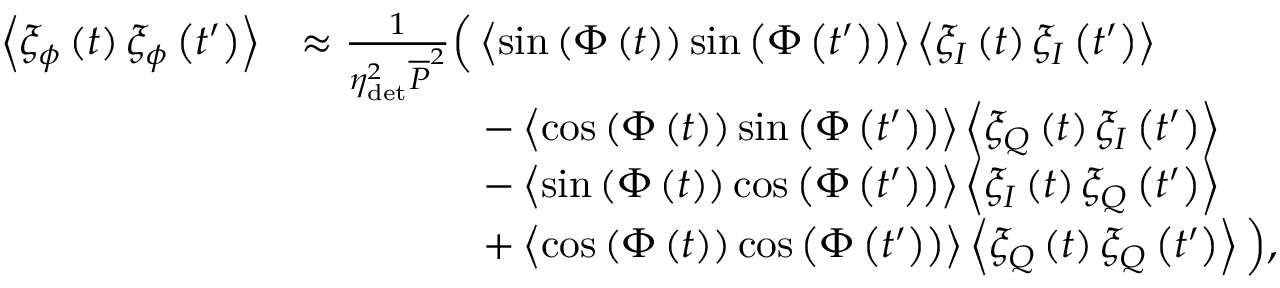
\begin{array} { r l } { \left\langle \xi _ { \phi } \left( t \right) \xi _ { \phi } \left( t ^ { \prime } \right) \right\rangle } & { \approx \frac { 1 } { \eta _ { \mathrm { d e t } } ^ { 2 } \overline { { P } } ^ { 2 } } \Big ( \left\langle \sin { \left( \Phi \left( t \right) \right) } \sin { \left( \Phi \left( t ^ { \prime } \right) \right) } \right\rangle \left\langle \xi _ { I } \left( t \right) \xi _ { I } \left( t ^ { \prime } \right) \right\rangle } \\ & { \hphantom { = \frac { 1 } { \eta _ { \mathrm { d e t } } ^ { 2 } \overline { { P } } ^ { 2 } } \Big ( } - \left\langle \cos { \left( \Phi \left( t \right) \right) } \sin { \left( \Phi \left( t ^ { \prime } \right) \right) } \right\rangle \left\langle \xi _ { Q } \left( t \right) \xi _ { I } \left( t ^ { \prime } \right) \right\rangle } \\ & { \hphantom { = \frac { 1 } { \eta _ { \mathrm { d e t } } ^ { 2 } \overline { { P } } ^ { 2 } } \Big ( } - \left\langle \sin { \left( \Phi \left( t \right) \right) } \cos { \left( \Phi \left( t ^ { \prime } \right) \right) } \right\rangle \left\langle \xi _ { I } \left( t \right) \xi _ { Q } \left( t ^ { \prime } \right) \right\rangle } \\ & { \hphantom { = \frac { 1 } { \eta _ { \mathrm { d e t } } ^ { 2 } \overline { { P } } ^ { 2 } } \Big ( } + \left\langle \cos { \left( \Phi \left( t \right) \right) } \cos { \left( \Phi \left( t ^ { \prime } \right) \right) } \right\rangle \left\langle \xi _ { Q } \left( t \right) \xi _ { Q } \left( t ^ { \prime } \right) \right\rangle \Big ) , } \end{array}